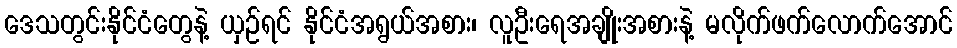
ဒေသတွင်းနိုင်ငံတွေနဲ့ ယှဉ်ရင် နိုင်ငံအရွယ်အစား၊ လူဦးရေအချိုးအစားနဲ့ မလိုက်ဖက်လောက်အောင်